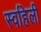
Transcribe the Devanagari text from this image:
स्वहिली